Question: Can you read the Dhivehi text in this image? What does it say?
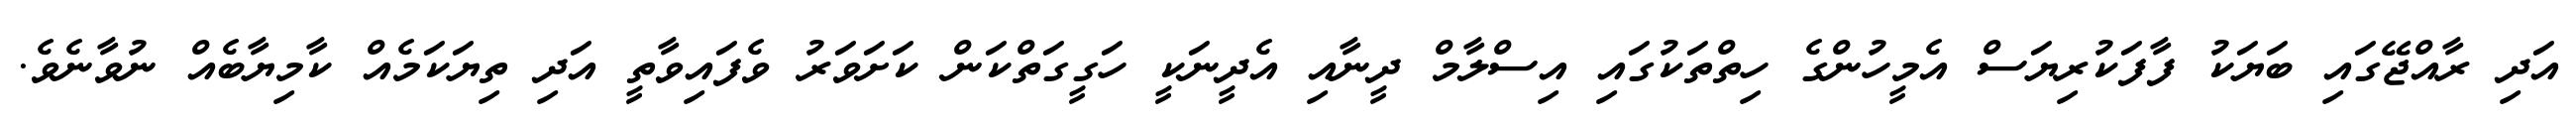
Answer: އަދި ރާއްޖޭގައި ބަޔަކު ފާފަކުރިޔަސް އެމީހުންގެ ހިތްތަކުގައި އިސްލާމް ދީނާއި އެދީނަކީ ހަގީގަތްކަން ކަށަވަރު ވެފައިވާތީ އަދި ތިޔަކަމެއް ކާމިޔާބެއް ނުވާނެވެ.